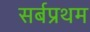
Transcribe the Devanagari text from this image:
सर्बप्रथम